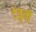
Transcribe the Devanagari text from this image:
देवुनी